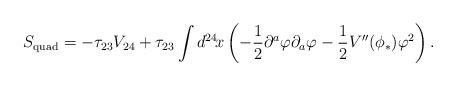
LaTeX: \begin{align*}S_{\mathrm{quad}}=-\tau_{23}V_{24}+\tau_{23}\int d^{24}\!x \left(-\frac{1}{2}\partial^a\varphi\partial_a\varphi-\frac{1}{2}V^{\prime\prime}(\phi_*)\varphi^2\right). \end{align*}